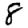
Digit: 8